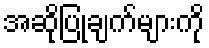
အဆိုပြုချက်များကို